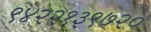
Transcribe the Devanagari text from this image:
९४२२१३९७२०